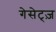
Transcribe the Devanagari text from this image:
गेसेट्ज़